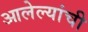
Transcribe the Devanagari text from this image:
आलेल्यांची